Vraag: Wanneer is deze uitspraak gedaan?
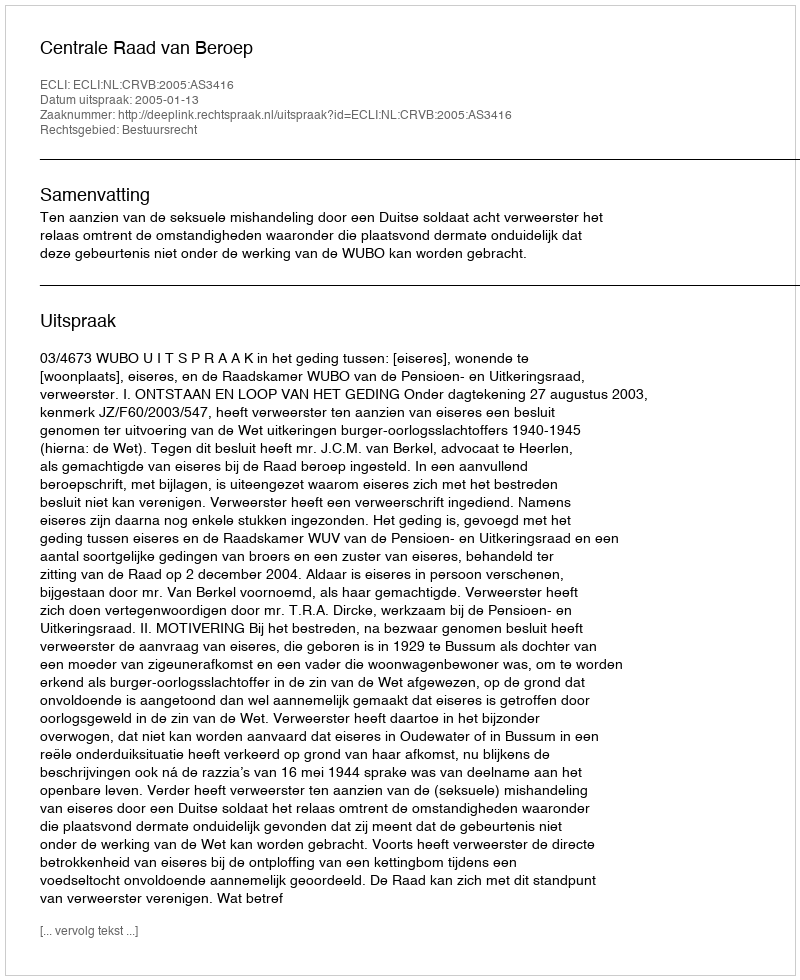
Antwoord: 2005-01-13